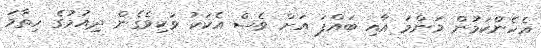
އެހެންކަމުން މަންމަ އާއި ބައްޕަ އަށް ވެސް އެކަކު ވަކިވެގެން ދިއުމުގެ ހިތާމަ